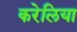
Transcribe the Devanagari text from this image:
करेलिया